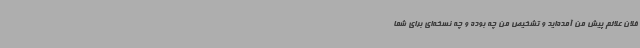
فلان علائم پیش من آمده‌اید و تشخیص من چه بوده و چه نسخه‌ای برای شما